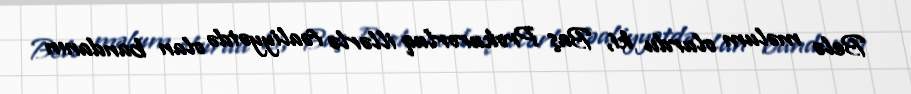
Belə məlum olurdu ki, Baş Prokurorluq illərlə fəaliyyətdə olan bandanın